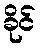
ခိုင်